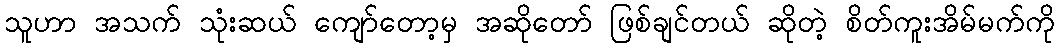
သူဟာ အသက် သုံးဆယ် ကျော်တော့မှ အဆိုတော် ဖြစ်ချင်တယ် ဆိုတဲ့ စိတ်ကူးအိမ်မက်ကို